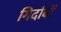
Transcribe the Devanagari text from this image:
गिर्दाबों